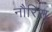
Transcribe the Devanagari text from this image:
नौरिस